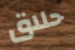
حلاق